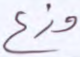
وزع